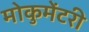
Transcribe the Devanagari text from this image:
मोकुमेंटरी